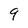
Character: 9